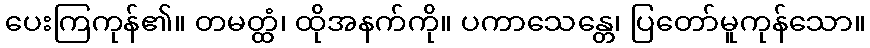
ပေးကြကုန်၏။ တမတ္ထံ၊ ထိုအနက်ကို။ ပကာသေန္တေ၊ ပြတော်မူကုန်သော။